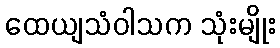
ထေယျသံဝါသက သုံးမျိုး